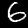
Label: 6